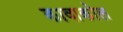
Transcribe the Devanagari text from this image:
कावाकोल